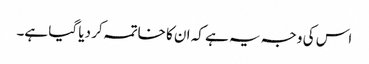
اس کی وجہ یہ ہے کہ ان کا خاتمہ کر دیا گیا ہے۔